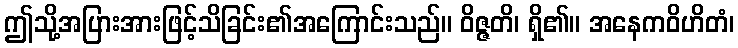
ဤသို့အပြားအားဖြင့်သိခြင်း၏အကြောင်းသည်။ ဝိဇ္ဇတိ၊ ရှိ၏။ အနေကဝိဟိတံ၊